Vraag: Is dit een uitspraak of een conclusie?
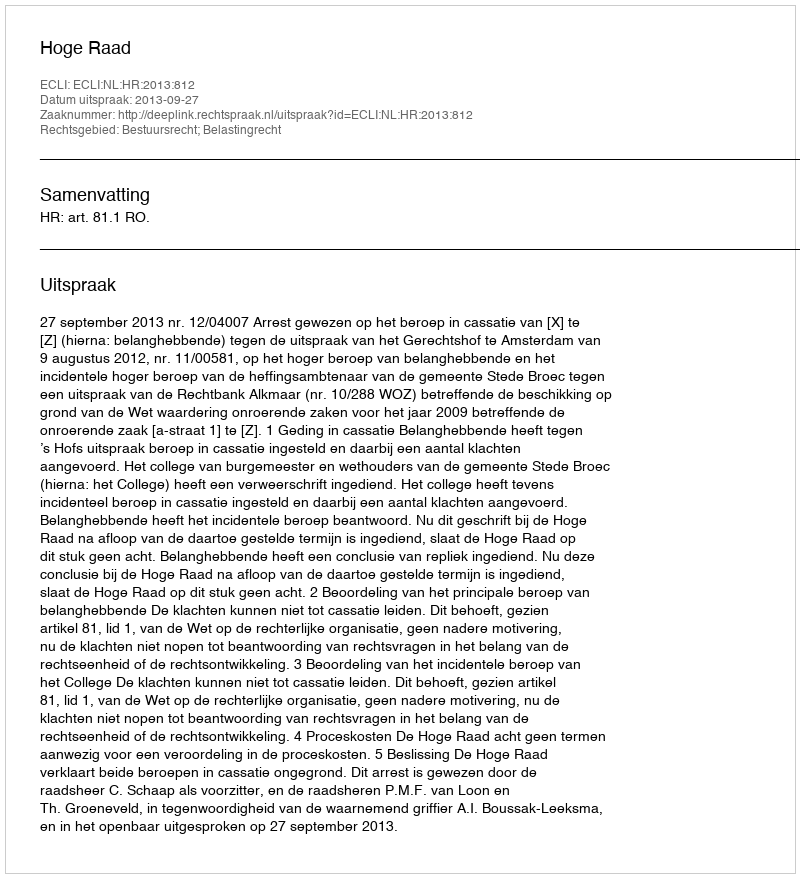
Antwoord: Uitspraak